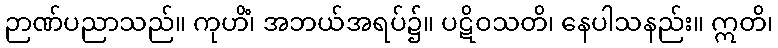
ဉာဏ်ပညာသည်။ ကုဟိံ၊ အဘယ်အရပ်၌။ ပဋိဝသတိ၊ နေပါသနည်း။ ဣတိ၊